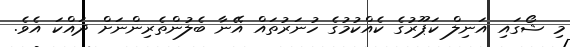
މި ޝޯގައި އަނިލް ކަޕޫރުގެ ކެއްކުމުގެ ހުނަރުތައް އޭނާ ބެލުންތެރިންނަށް ދައްކަ އެވެ.